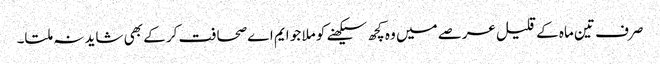
صرف تین ماہ کے قلیل عرصے میں وہ کچھ سیکھنے کو ملا جو ایم اے صحافت کر کے بھی شاید نہ ملتا۔